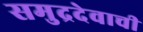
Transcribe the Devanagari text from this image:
समुद्रदेवाची